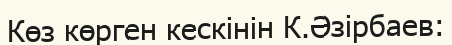
Көз көрген кескінін К.Әзірбаев: